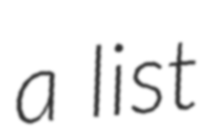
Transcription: a list